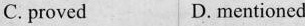
C. proved D. mentioned